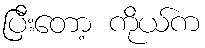
ပြီးတော့ ကိုယ်က